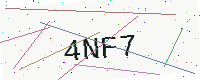
Text: 4NF7